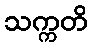
သက္ကတိ